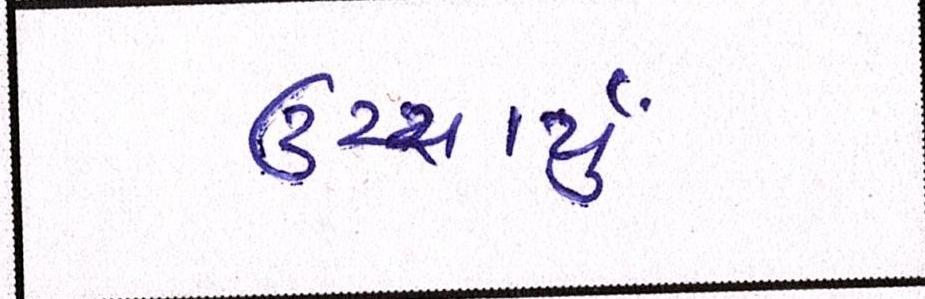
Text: ઉચ્ચાર્યું